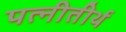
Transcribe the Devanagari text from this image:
पत्नीतीर्थ